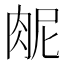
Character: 𫆜